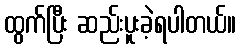
ထွက်ပြီး ဆည်းပူးခဲ့ရပါတယ်။